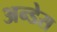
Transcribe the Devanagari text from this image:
अन्डेस